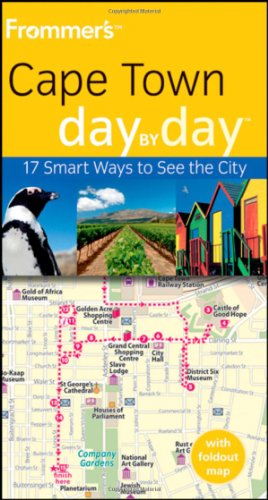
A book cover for Frommer's Cape Town Day by Day (Frommer's Day by Day - Pocket); Lizzie Williams; Travel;